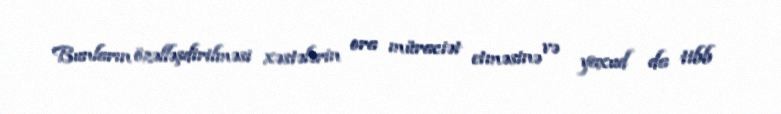
Bunların özəlləşdirilməsi xəstələrin ora müraciət etməsinə və yaxud da tibb